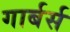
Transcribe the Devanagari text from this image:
गार्बर्स